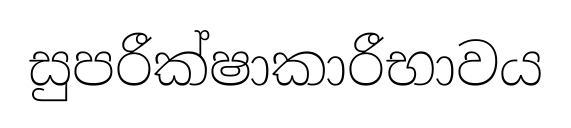
සුපරීක්ෂාකාරීභාවය